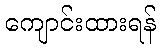
ကျောင်းထားရန်